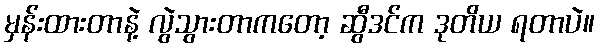
မှန်းထားတာနဲ့ လွဲသွားတာကတော့ ဆွီဒင်က ဒုတိယ ရတာပဲ။